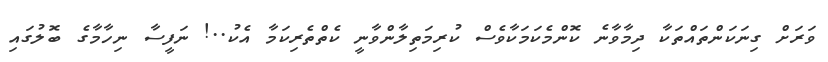
ވަރަށް ގިނަކަންތައްތަކާ ދިމާވާނެ ކޮންމެކަމަކާވެސް ކުރިމަތިލާންވާނީ ކެތްތެރިކަމާ އެކު..! ނަފީސާ ނިހާމާގެ ބޮލުގައި